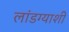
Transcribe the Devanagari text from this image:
लांडग्याशी